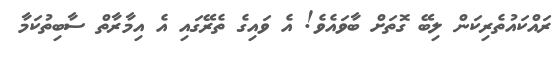
ރައްކައުތެރިކަން ލިބޭ ގޮތަށް ބާވައެވެ! އެ ވައިގެ ތެރޭގައި އެ އިމާރާތް ސާބިތުކަމާ